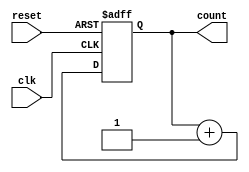
module async_counter #(parameter N = 4) (
    input wire clk,          // Clock input
    input wire reset,        // Asynchronous reset
    output reg [N-1:0] count // N-bit output count
);

// Sequential logic for N T flip-flops
always @(posedge clk or posedge reset) begin
    if (reset) begin
        count <= 0;         // Reset count to 0
    end else begin
        count <= count + 1; // Increment count on clock edge
    end
end

endmodule